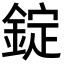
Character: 錠